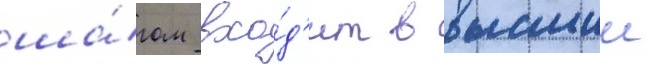
ша́гом вхо́д'ит в высшии